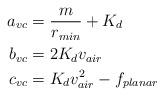
LaTeX: \begin{align*}a_{vc} &= \frac{m}{r_{min}} + K_d \\b_{vc} &= 2 K_d v_{air} \\c_{vc} &= K_d v_{air}^2 - f_{planar}\end{align*}